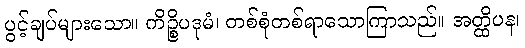
ပွင့်ချပ်များသော။ ကိဉ္စိပဒုမံ၊ တစ်စုံတစ်ရာသောကြာသည်။ အတ္ထိပန၊